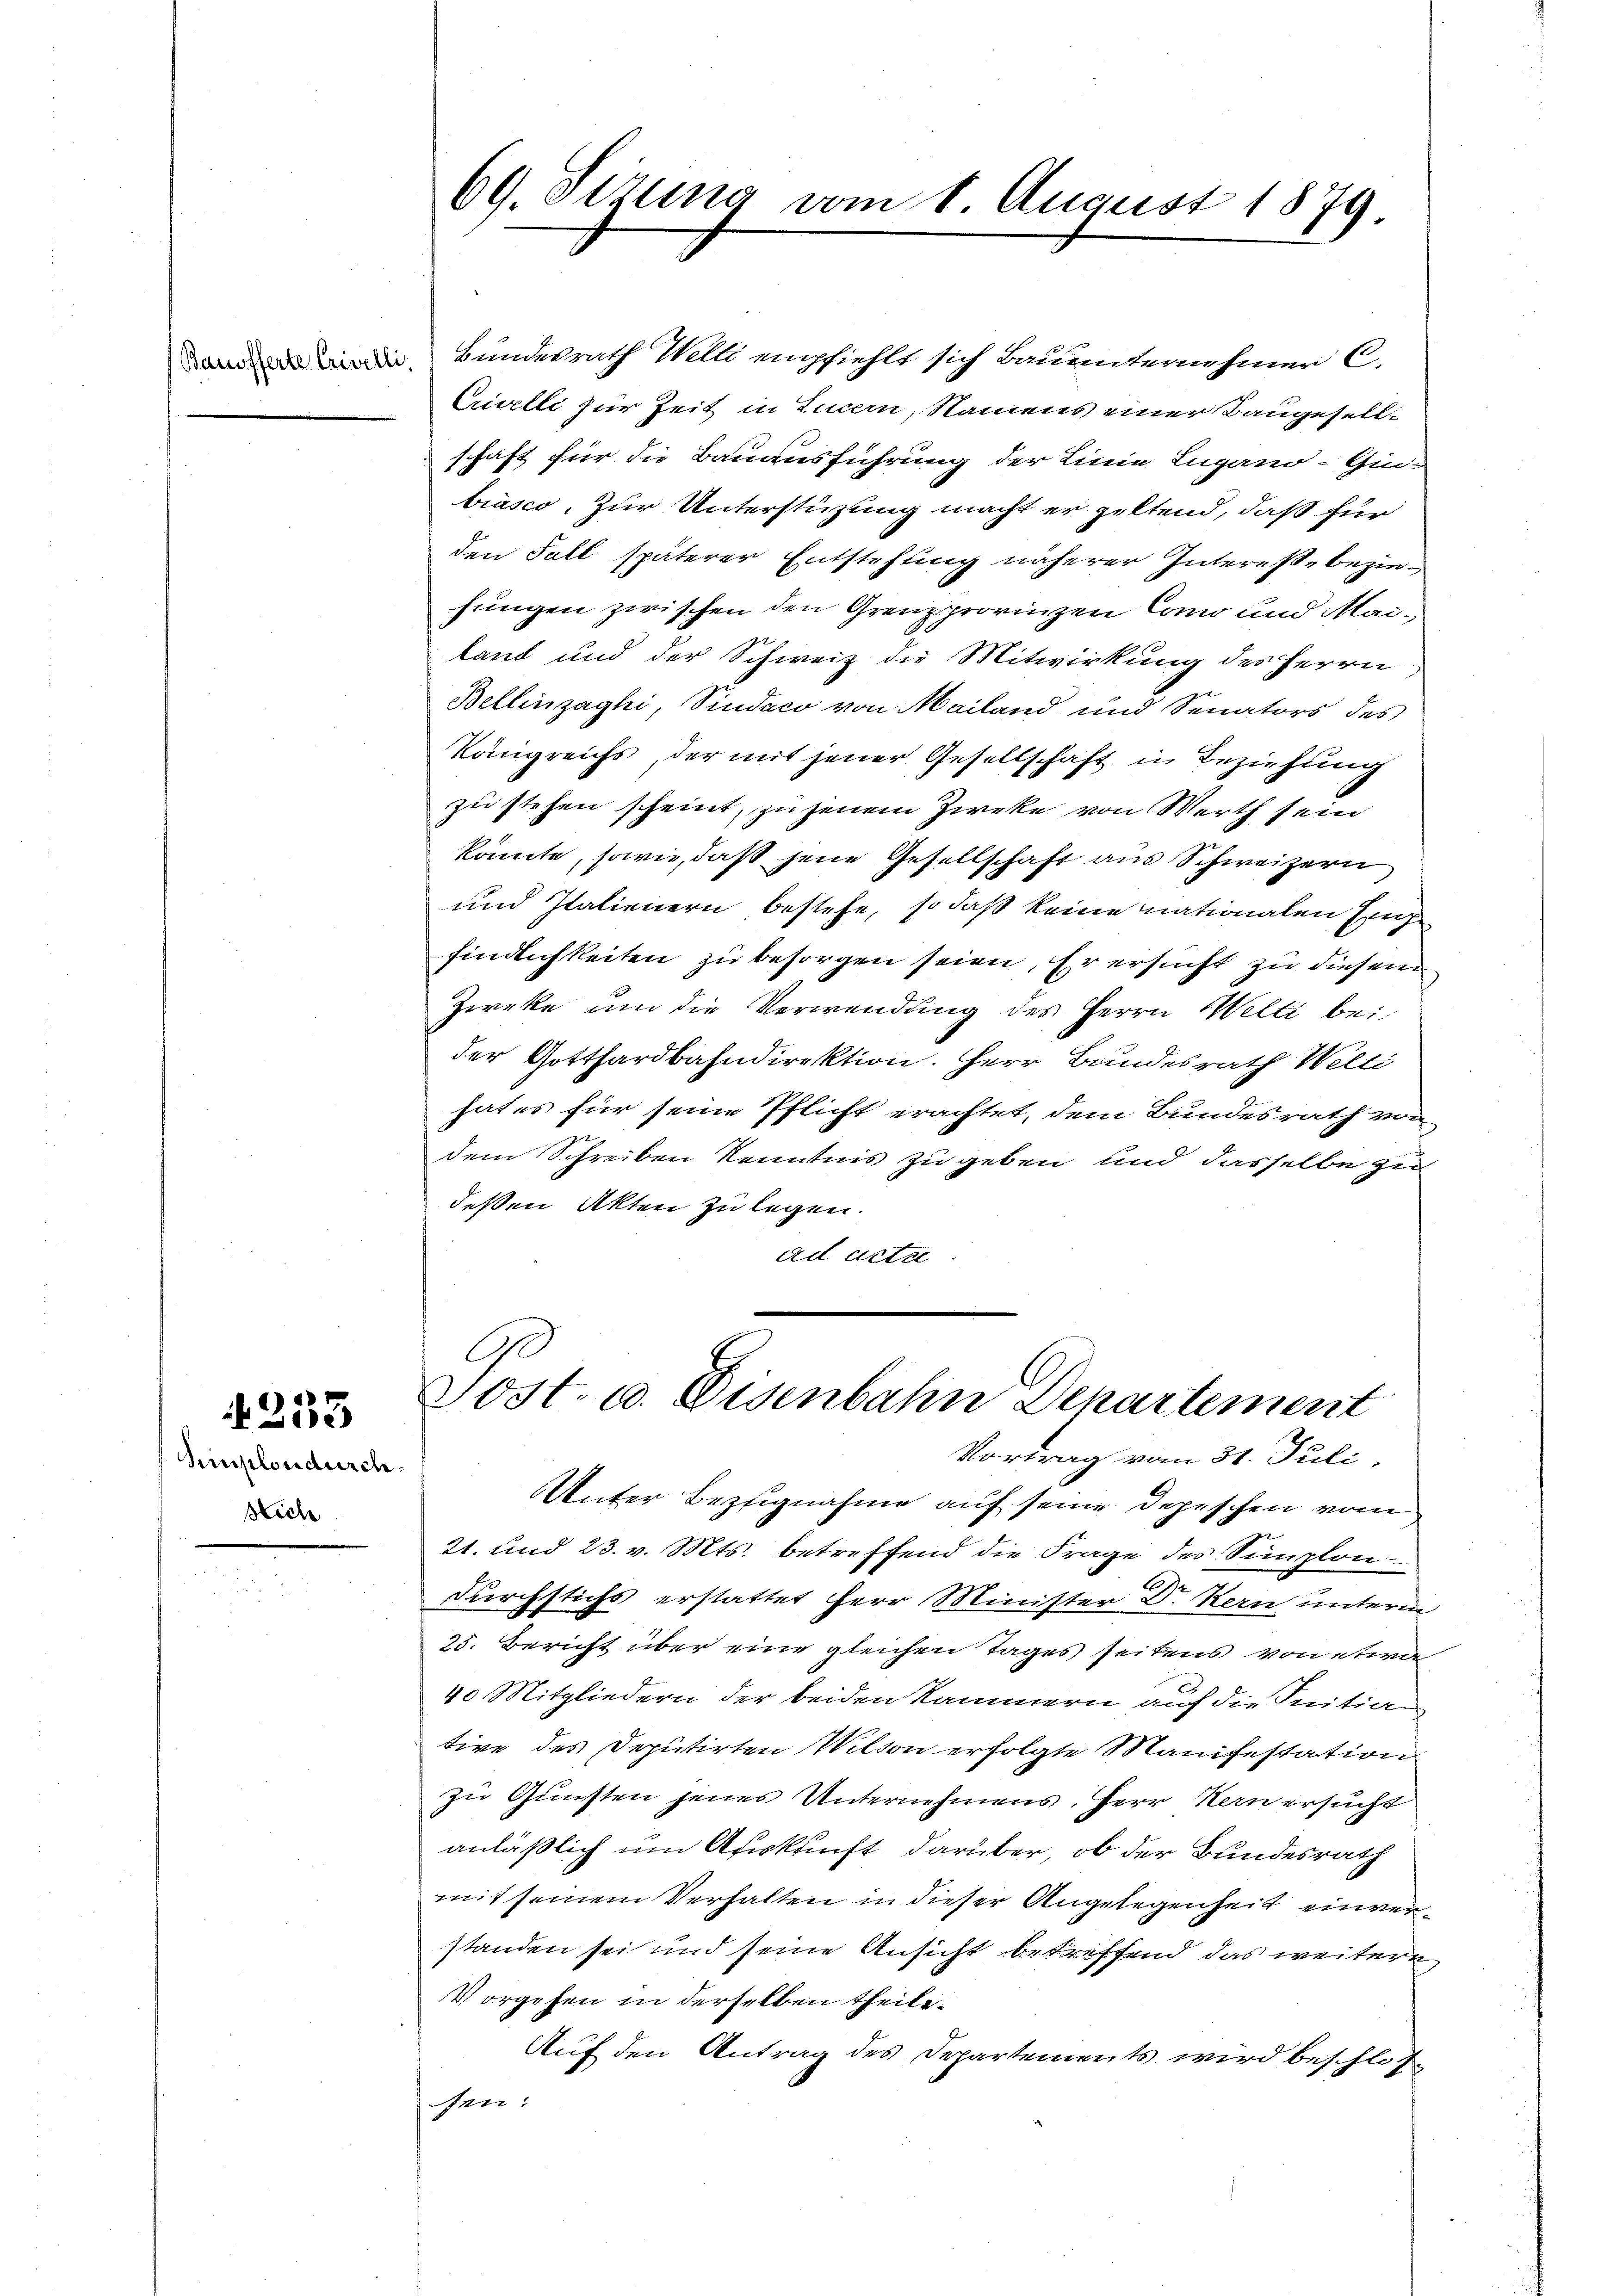
Simplondurch
Sich

233

69. Sizung vom 8. August 1879

Bundesrath Welli empfiehlt sich Bauunternehmer C.
Crivelli zur Zeit in Luzern, Namens einer Baugesellschaft für die Bauausführung der Linie Lugano-Gin-
biasco, zur Unterstüzung macht er geltend, daß für
den Fall späterer Entstehung näherer Intereße beziefungen zwischen den Grenzprovinzen Como und Mailand und der Schweiz die Mitwirkung des Herrn
Bellinzaghi, Pindaco von Mailand und Senators des
Königreichs, der mit jener Gesellschaft in Beziehung
zu stehen scheint, zu jenem Zweke von Werth sein
könnte, sowie, daß jene Gesellschaft aus Schweizern
und Italienern bestehe, so daß keine nationalen Einge
findlichkeiten zu besorgen seien, Er ersucht zu diesem
Zwecke um die Verwendung des Herrn Welti bei
der Gotthardbahndirektion. Herr Bundesrath Welti
hat es für seine Pflicht erachtet, dem Bundesrath von
dem Schreiben Kenntnis zu geben und dasselbe zu
deßen Akten zu legen.
ad acte

Jost. C. Disenbahn Departement
Vortrag vom 31. Juli,
Unter Bezugnahme auf seine Depeschen vom

21. und 23. v. Mts. betreffend die Frage des Simplon
Durchstichs erstattet Herr Minister Dr. Kern unterm
25. Bericht über eine gleichen Tages seitens von etwa
40 Mitgliedern der beiden Kammern auf die Initia
tive des Deputirten Wilson erfolgte Manifestation
zu Gunsten jenes Unternehmens, Herr Hern ersucht
anläßlich um Auskunft darüber, ob der Bundesrath
mit seinem Verhalten in dieser Angelegenheit einverstanden sei und seine Ansicht betreffend das weitere
Vorgehen in derselben theile.
Auf den Antrag des Departements wird beschlossen: